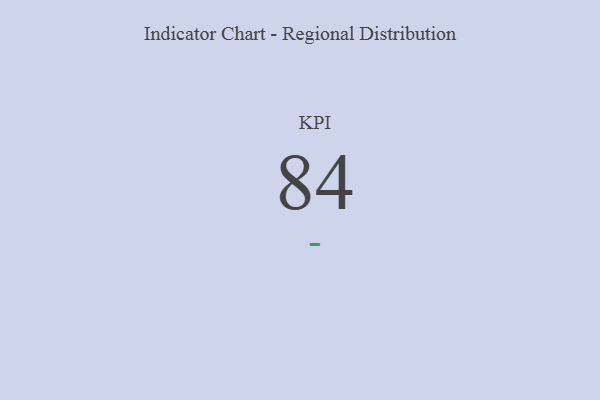
{"axis": {"x": "KPI", "y": "Value"}, "legend": [""], "data": [{"x": "KPI", "y": 84, "type": ""}]}